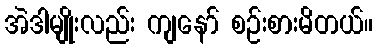
အဲဒါမျိုးလည်း ကျနော် စဉ်းစားမိတယ်။